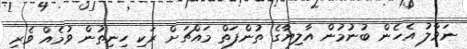
ނަވާލު އެހެން ބުނުމުން އާލިޔާގެ ތުންފަތް މައްޗަށް ރަކި ހިނިތުން ވުމެއް ވެރި